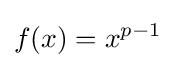
f(x)=x^{p-1}